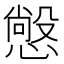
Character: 𭞲